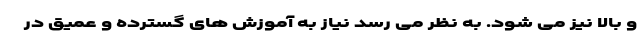
و بالا نیز می شود. به نظر می رسد نیاز به آموزش های گسترده و عمیق در